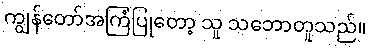
ကျွန်တော်အကြံပြုတော့ သူ သဘောတူသည်။